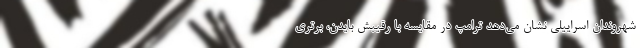
شهروندان اسراییلی نشان می‌دهد ترامپ در مقایسه با رقیبش بایدن، برتری